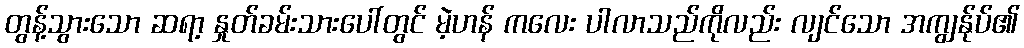
တွန့်သွားသော ဆရာ့ နှုတ်ခမ်းသားပေါ်တွင် မဲ့ဟန် ကလေး ပါလာသည်ကိုလည်း လျင်သော အကျွန်ုပ်၏